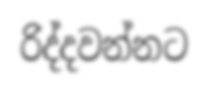
රිද්දවන්නට